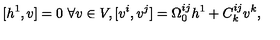
[ h ^ { 1 } , v ] = 0 \ \forall v \in V , [ v ^ { i } , v ^ { j } ] = \Omega _ { 0 } ^ { i j } h ^ { 1 } + C _ { k } ^ { i j } v ^ { k } ,